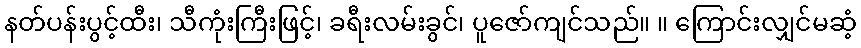
နတ်ပန်းပွင့်ထီး၊ သီကုံးကြီးဖြင့်၊ ခရီးလမ်းခွင်၊ ပူဇော်ကျင်သည်။ ။ ကြောင်းလျှင်မဆံ့